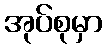
အုပ်စုမှာ